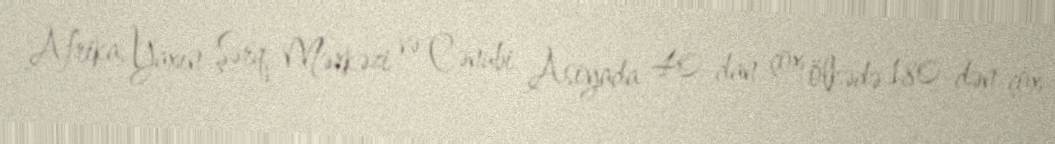
Afrika, Yaxın Şərq, Mərkəzi və Cənubi Asiyada 40-dan çox ölkədə 180-dən çox